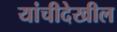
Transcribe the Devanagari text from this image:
यांचीदेखील